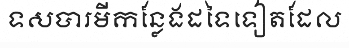
ទសបារមីកន្លែងដទៃទៀតដែល